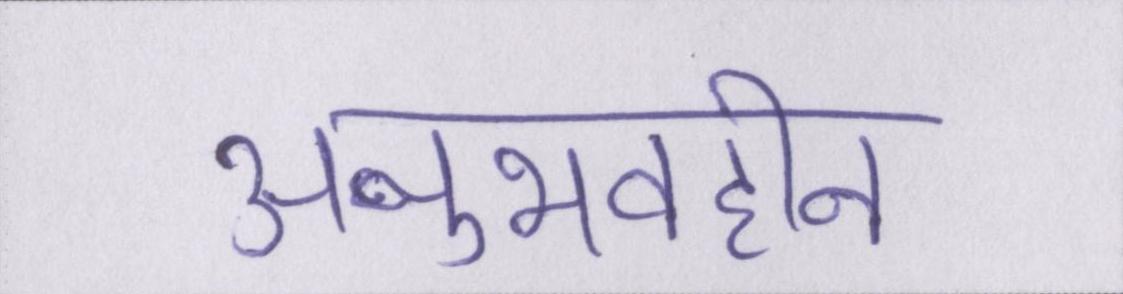
अनुभवहीन